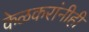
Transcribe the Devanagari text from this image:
केळकरांनीही